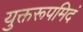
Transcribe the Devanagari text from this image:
युक्तरूपमिदं